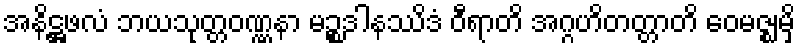
အနိဋ္ဌဖလံ ဘယသုတ္တဝဏ္ဏနာ မဉ္စဒါနဿိဒံ ဝီရာတိ အဂ္ဂဟိတတ္တာတိ ဝေမဇ္ဈမှိ